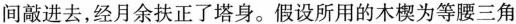
间敲进去，经月余扶正了塔身。假设所用的木楔为等腰三角